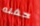
حفله